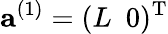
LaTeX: {\mathbf a}^{(1)}=(L\, \, \, 0)^{\textup T}